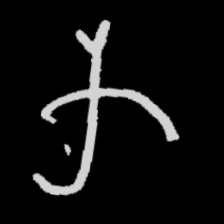
Pyu character \u2014 Myanmar letter: က (romanized: ka)